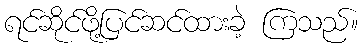
ရင်ဆိုင်ဖို့ပြင်ဆင်ထားခဲ့ ကြသည်။